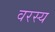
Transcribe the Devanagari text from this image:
वरस्य